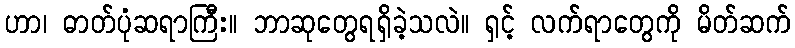
ဟာ၊ ဓာတ်ပုံဆရာကြီး။ ဘာဆုတွေရရှိခဲ့သလဲ။ ရှင့် လက်ရာတွေကို မိတ်ဆက်